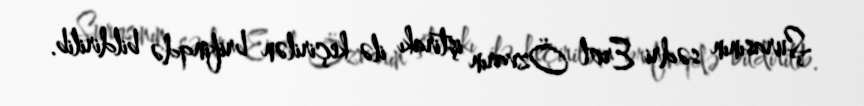
Şurasının sədri Erol Özvarın iştirakı ilə keçirilən brifinqdə bildirilib.